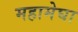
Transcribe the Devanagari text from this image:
महामेघा